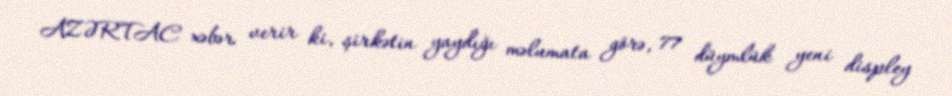
AZƏRTAC xəbər verir ki, şirkətin yaydığı məlumata görə, 77 düymlük yeni displey